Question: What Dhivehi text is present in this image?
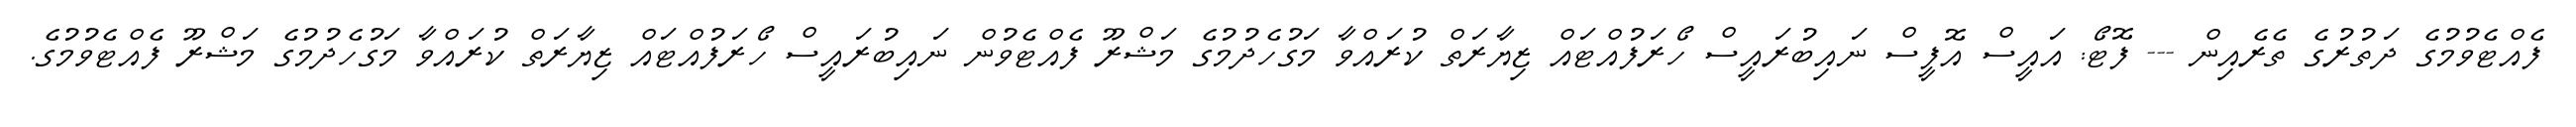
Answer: ފެއްޓެވުމުގެ ދަތުރުގެ ތެރެއިން --- ފޮޓޯ: އައީސް އޮފީސް ނައިބުރައީސް ހޯރަފުއްޓައް ޒިޔާރަތް ކުރައްވާ މަގުހެދުމުގެ މަޝްރޫ ފެއްޓެވުން ނައިބުރައީސް ހޯރަފުއްޓައް ޒިޔާރަތް ކުރައްވާ މަގުހެދުމުގެ މަޝްރޫ ފެއްޓެވުމުގެ.